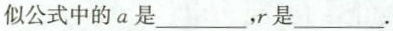
似公式中的a是___，r是___。